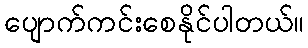
ပျောက်ကင်းစေနိုင်ပါတယ်။